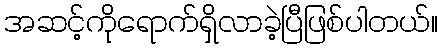
အဆင့်ကိုရောက်ရှိလာခဲ့ပြီဖြစ်ပါတယ်။